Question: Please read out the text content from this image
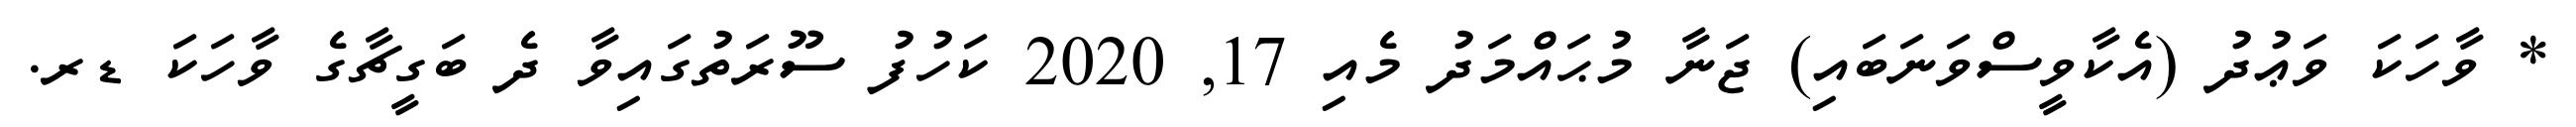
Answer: * ވާހަކަ ވަޢުދު (އެކާވީސްވަނަބައި) ޖަނާ މުޙައްމަދު މެއި 17, 2020 ކަހުފު ސޫރަތުގައިވާ ދެ ބަގީޗާގެ ވާހަކަ ޑރ.